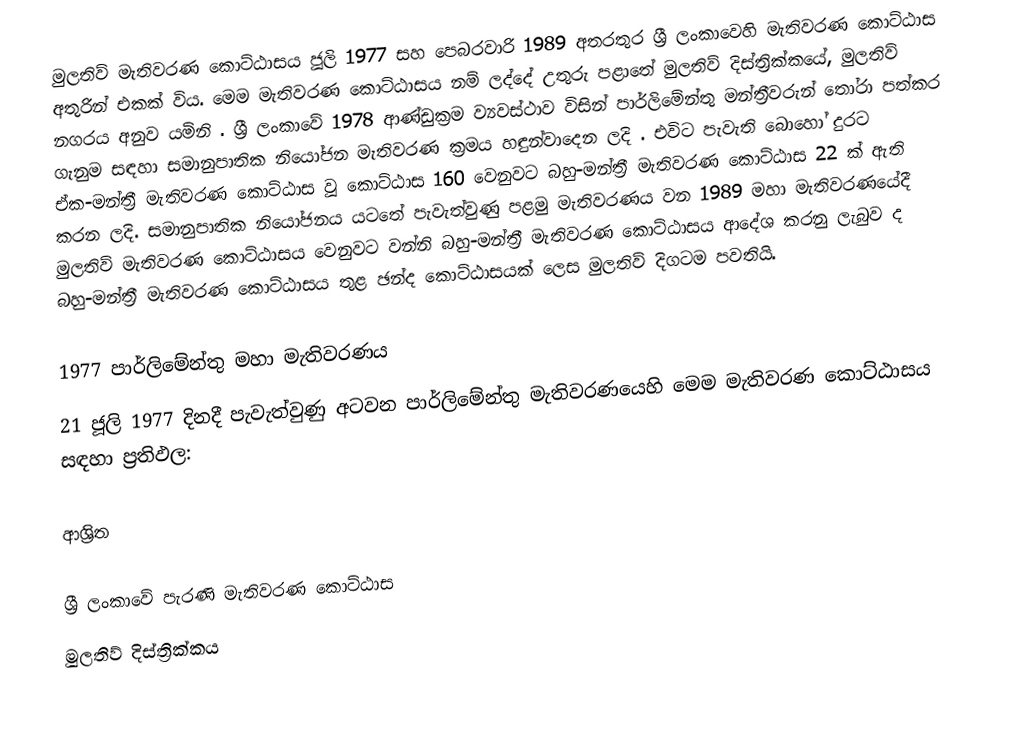
මුලතිව් මැතිවරණ කොට්ඨාසය  ජූලි 1977 සහ පෙබරවාරි 1989 අතරතුර  ශ්‍රී ලංකාවෙහි  මැතිවරණ කොට්ඨාස අතුරින් එකක් විය. මෙම මැතිවරණ කොට්ඨාසය නම් ලද්දේ උතුරු පළාතේ  මුලතිව් දිස්ත්‍රික්කයේ,  මුලතිව් නගරය අනුව යමිනි . ශ්‍රී ලංකාවේ 1978 ආණ්ඩුක්‍රම ව්‍යවස්ථාව විසින්   පාර්ලිමේන්තු මන්ත්‍රීවරුන් තෝරා පත්කර ගැනුම සඳහා සමානුපාතික නියෝජන මැතිවරණ ක්‍රමය හඳුන්වාදෙන ලදි . එවිට පැවැති බොහෝ දුරට  ඒක-මන්ත්‍රී මැතිවරණ කොට්ඨාස වූ කොට්ඨාස 160 වෙනුවට බහු-මන්ත්‍රී මැතිවරණ කොට්ඨාස 22 ක් ඇති කරන ලදි. සමානුපාතික නියෝජනය යටතේ පැවැත්වුණු පළමු මැතිවරණය වන 1989 මහා මැතිවරණයේදී  මුලතිව් මැතිවරණ කොට්ඨාසය වෙනුවට  වන්නි බහු-මන්ත්‍රී මැතිවරණ කොට්ඨාසය  ආදේශ කරනු ලැබුව ද බහු-මන්ත්‍රී මැතිවරණ කොට්ඨාසය තුළ ඡන්ද කොට්ඨාසයක් ලෙස මුලතිව් දිගටම පවතියි.

1977 පාර්ලිමේන්තු මහා මැතිවරණය
21 ජූලි 1977 දිනදී පැවැත්වුණු  අටවන පාර්ලිමේන්තු මැතිවරණයෙහි මෙම මැතිවරණ කොට්ඨාසය සඳහා ප්‍රතිඵල:

ආශ්‍රිත

ශ්‍රී ලංකාවේ පැරණි මැතිවරණ කොට්ඨාස
මුලතිව්  දිස්ත්‍රික්කය